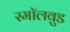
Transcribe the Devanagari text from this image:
स्मॉलवुड